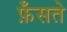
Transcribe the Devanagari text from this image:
फ़ँसते